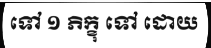
ទៅ ១ ភិក្ខុ ទៅ ដោយ